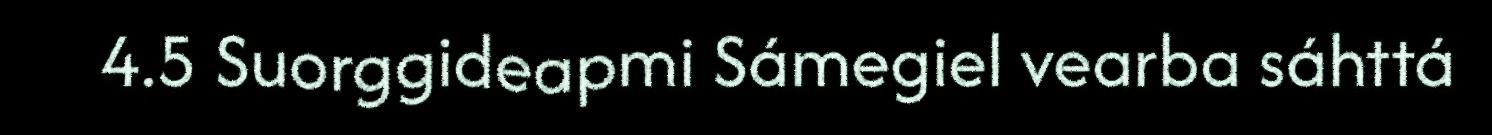
4.5 Suorggideapmi Sámegiel vearba sáhttá